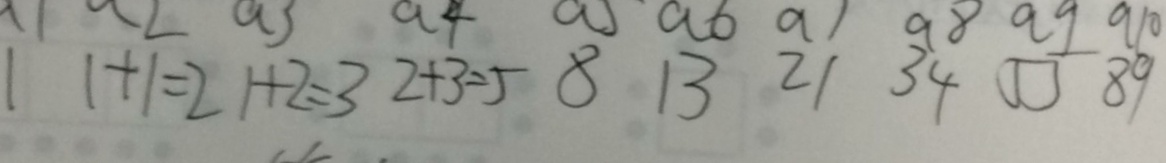
1 1 + 1 = 2 1 + 2 = 3 2 + 3 = 5 8 1 3 2 1 3 4 5 5 8 9